Lunatic asylums Punjab 1868-1880 - 1868-1880
Year: 1868
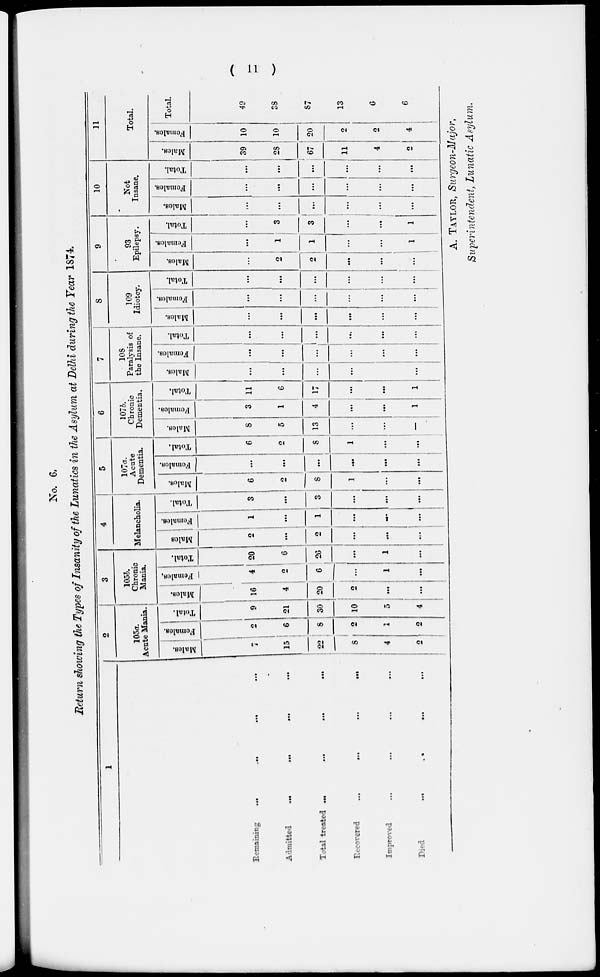
( 11 )
No. 6.
Return showing the Types of Insanity of the Lunatics in the Asylum at Delhi during the Year 1874.
1
Remaining
... ... ... ...
Admitted
...
...
...
...
Total treated ...
...
...
...
Recovered ... ... ... ...
Improved
...
...
...
...
Died
...
...
... ...
2
l05a
Acute Mania.
Mal es .
7
15
22
8
4
2
Femal es .
2
6
8
2
1
2
Total.
9
21
30
10
5
4
3
105b.
Chronic
Mania.
Mal es .
16
4
20
2
...
...
Females.
4
2
6
...
1
...
Total.
20
6
26
...
1
...
4
Melancholia.
Males
2
...
2
...
...
...
Females.
1
...
1
...
...
...
Total.
3
...
3
...
...
...
5
107a.
Acute
Dementia.
Males.
6
2
8
1
...
...
Females.
...
...
...
...
...
...
Total.
6
2
8
1
...
...
6
107b.
Chronic
Dementia.
Males.
8
5
13
...
...
-
Females.
3
1
4
...
...
1
Tot al .
11
6
17
...
...
1
7
108
Paralysis of
the Insane.
Mal es .
...
...
...
...
...
Femal es .
...
...
...
...
...
...
Total.
...
...
...
...
...
...
8
109
Idiotey.
Mal es .
...
...
...
...
...
...
Femal es .
...
...
...
...
...
...
Tot al .
...
...
...
...
...
...
...
9
93
Epilepsy.
Mal es.
...
2
2
...
...
...
Femal es .
...
1
1
...
...
1
Tot al .
...
3
3
...
...
1
10
Not
Insane.
Males.
...
...
...
...
...
...
Females.
...
...
...
...
...
...
Total.
...
...
...
...
...
...
11
Total.
Males.
39
28
67
11
4
2
Females.
10
10
20
2
2
4
Total
49
38
87
13
6
6
A. TAYLOR, Surgeon-Major,
Superintendent, Lunatic Asylum.